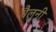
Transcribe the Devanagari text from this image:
पैलूनी